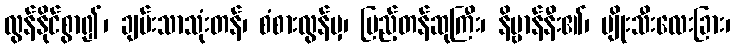
လွန်နိုင်စွာ၍၊ ချမ်းသာသုံးတန်၊ စံစားလွန်မှ၊ ပြည့်တန်ဆုကြီး၊ နိဗ္ဗာန်နီး၏၊ မျိုးသီးလေးခြား၊